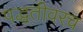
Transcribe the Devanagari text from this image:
पद्धतीवरच